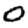
Digit: 0